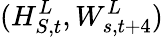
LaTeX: (H_{S,t}^{L},W_{s,t+4}^{L})